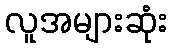
လူအများဆုံး